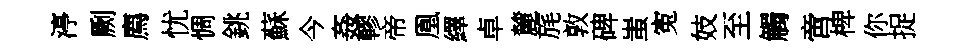
渟劂廌忧惆銚蘇今姦轇帝凰繹卓麓旄敦碑蚩寃妓至觸啻椑你捉